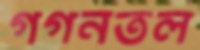
গগনতল